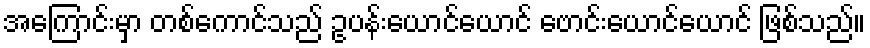
အကြောင်းမှာ တစ်ကောင်သည် ဥပန်းယောင်ယောင် ဗောင်းယောင်ယောင် ဖြစ်သည်။